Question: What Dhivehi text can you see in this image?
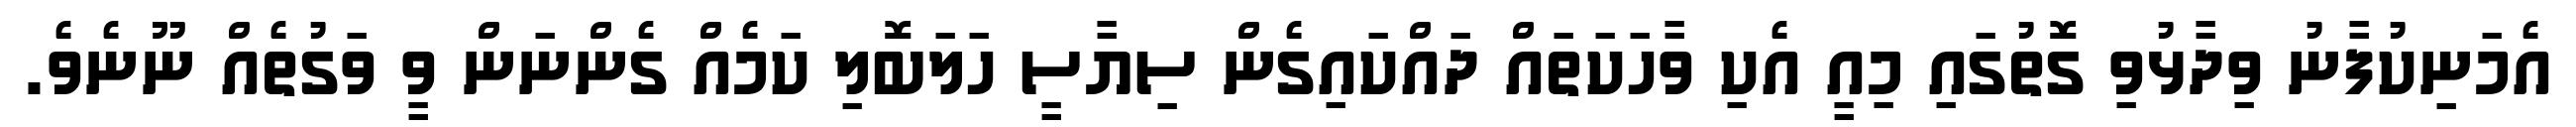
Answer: އެމަނިކުފާނު ވިދާޅުވި ގޮތުގައި މިއީ އެކި ވާހަކަތައް ދައްކައިގެން ސިޔާސީ ހަލަބޮލި ކަމެއް ގެންނަން ވީ ވަގުތެއް ނޫނެވެ.